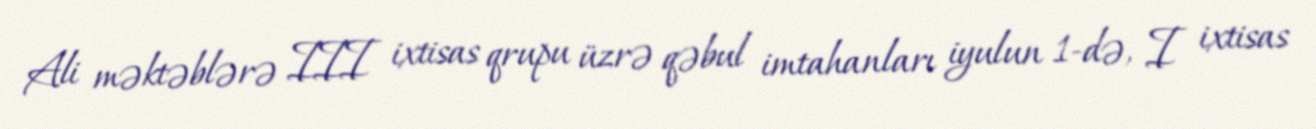
Ali məktəblərə III ixtisas qrupu üzrə qəbul imtahanları iyulun 1-də, I ixtisas